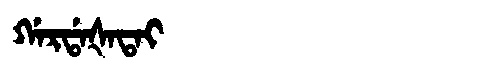
Manchu: ᡤᠠᡵᡩᠠᡧᠠᡨᠠᡳ
Romanization: GARDAŠATAI